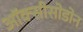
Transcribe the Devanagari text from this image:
ऑक्सीसोडोन